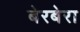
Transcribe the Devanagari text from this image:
बेरबेरा